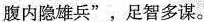
腹内隐雄兵”，足智多谋。